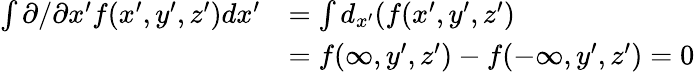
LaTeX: \begin{array}{rl}{\int\partial/\partial x^{\prime}f(x^{\prime},y^{\prime},z^{\prime})dx^{\prime}}&{=\int d_{x^{\prime}}(f(x^{\prime},y^{\prime},z^{\prime})}\\ &{=f(\infty,y^{\prime},z^{\prime})-f(-\infty,y^{\prime},z^{\prime})=0}\end{array}